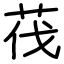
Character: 茷